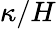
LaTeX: \kappa/H